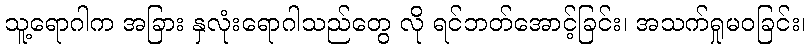
သူ့ရောဂါက အခြား နှလုံးရောဂါသည်တွေ လို ရင်ဘတ်အောင့်ခြင်း၊ အသက်ရှုမဝခြင်း၊